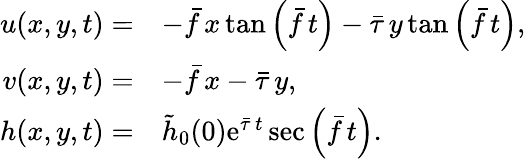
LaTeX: \begin{array}{rl}{u(x,y,t)=}&{-\bar{f}\, x\, \mathrm{tan}\left(\bar{f}\, t\right)-\bar{\tau}\, y\, \mathrm{tan}\left(\bar{f}\, t\right),}\\ {v(x,y,t)=}&{-\bar{f}\, x-\bar{\tau}\, y,}\\ {h(x,y,t)=}&{\tilde{h}_{0}(0)\mathrm{e}^{\bar{\tau}\, t}\sec\left(\bar{f}\, t\right).}\end{array}